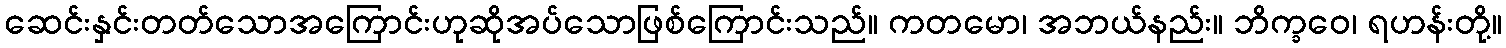
ဆေင်းနှင်းတတ်သောအကြောင်းဟုဆိုအပ်သောဖြစ်ကြောင်းသည်။ ကတမော၊ အဘယ်နည်း။ ဘိက္ခဝေ၊ ရဟန်းတို့။